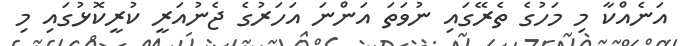
އަނެއްކާ މި މަހުގެ ތެރޭގައި ނުވަތަ އަންނަ އަހަރުގެ ޖެނުއަރީ ކުރީކޮޅުގައި މި